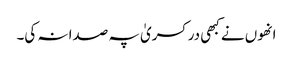
انھوں نے کبھی در کسریٰ پہ صدا نہ کی۔